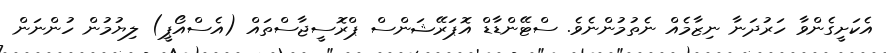
އެކަށީގެންވާ ހަރުދަނާ ނިޒާމެއް ނެތުމުންނެވެ. ސްޓޭންޑާޑް އޮޕަރޭޝަންސް ޕްރޮސީޖާސްތައް (އެސްއޯޕީ) ލިޔުމުން ހުންނަން